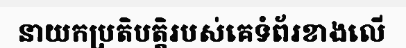
នាយកប្រតិបត្តិរបស់គេទំព័រខាងលើ